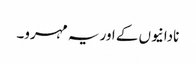
نادانیوں کے اور یہ مہرو۔